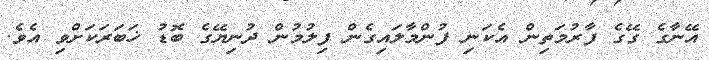
އޭނާގެ ގޭގެ ފާރުމަތިން އެކަނި ފުންމާލައިގެން ފިލުމުން ދުނިޔޭގެ ބޮޑު ޚަބަރަކަށްވި އެވެ.